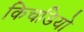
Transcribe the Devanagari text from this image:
किचडियो